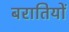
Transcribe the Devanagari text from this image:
बरातियों